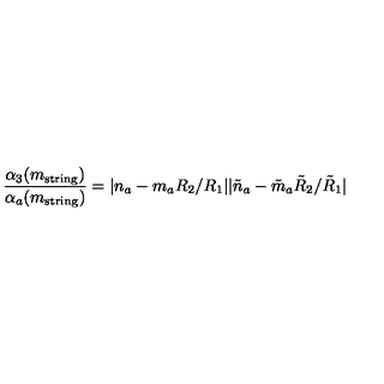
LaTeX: \frac { \alpha _ { 3 } ( m _ { \mathrm { s t r i n g } } ) } { \alpha _ { a } ( m _ { \mathrm { s t r i n g } } ) } = | n _ { a } - m _ { a } R _ { 2 } / R _ { 1 } | | \tilde { n } _ { a } - \tilde { m } _ { a } \tilde { R } _ { 2 } / \tilde { R } _ { 1 } |